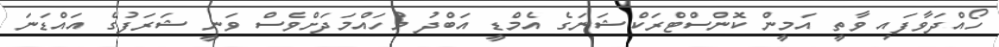
ހޯއްދަވާފައި ވާތީ އަމީން ކޮންސްޓްރަކްޝަނަގެ އެމްޑީ އަބްދު މުހައްމަދަށްވެސް ވަނީ ޝަރަފުގެ އައްޑަނަ